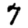
Digit: 7